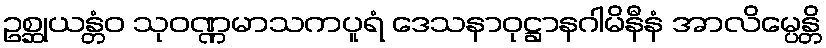
ဥစ္ဆုယန္တံဝ သုဝဏ္ဏမာသကပူရံ ဒေသနာဝုဋ္ဌာနဂါမိနီနံ အာလိမ္ပေန္တိ